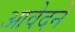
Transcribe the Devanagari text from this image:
आवेदने